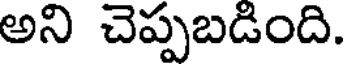
అని చెప్పబడింది.